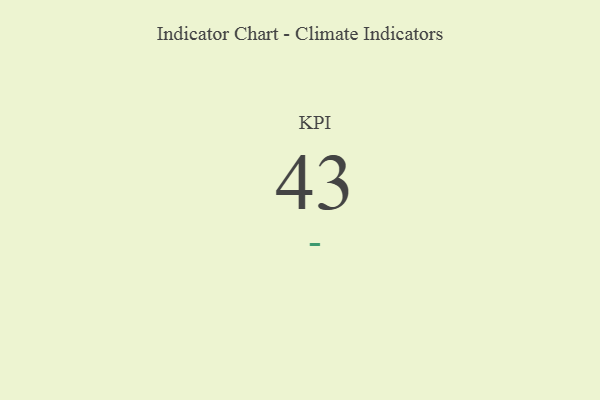
{"axis": {"x": "KPI", "y": "Value"}, "legend": [""], "data": [{"x": "KPI", "y": 43, "type": ""}]}